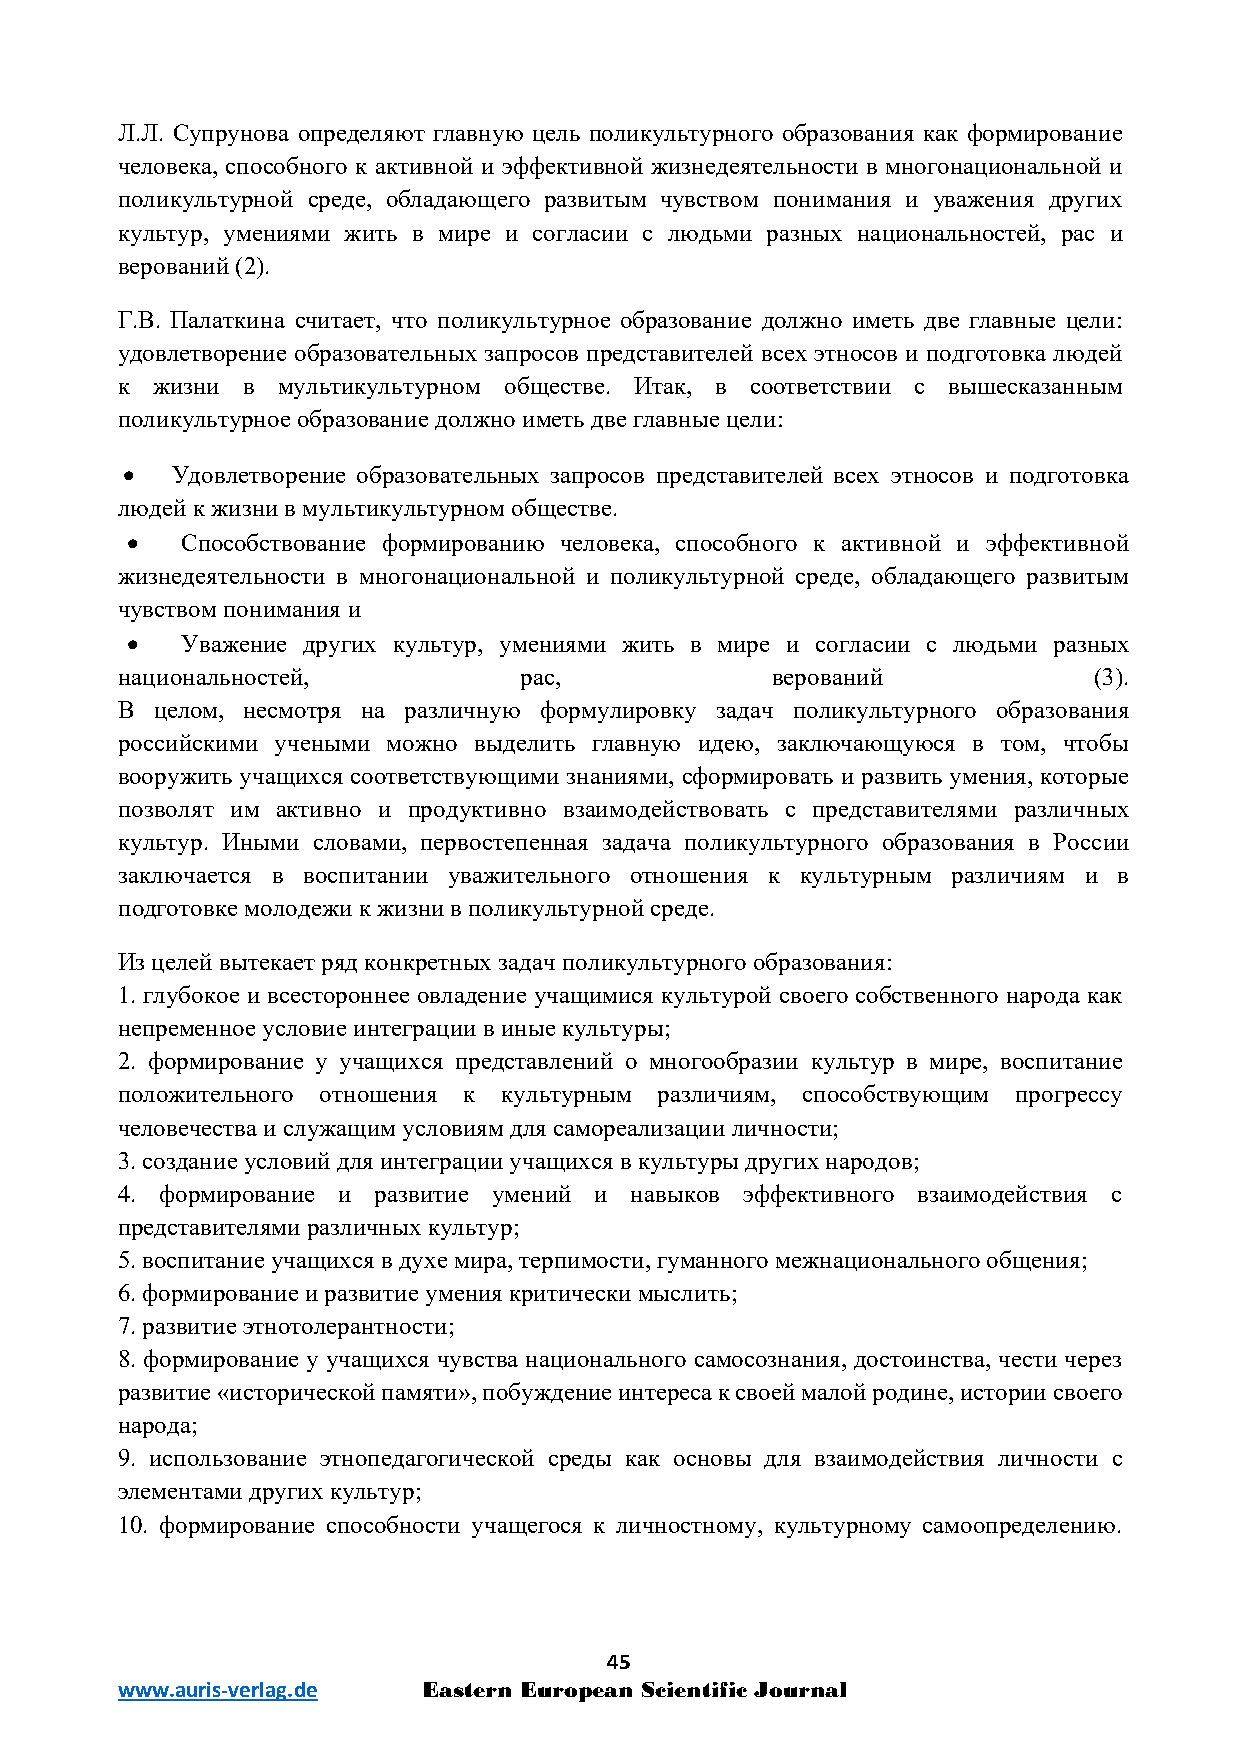
Л.Л. Супрунова определяют главную цель поликультурного образования как формирование
 человека, способного к активной и эффективной жизнедеятельности в многонациональной и
 поликультурной среде, обладающего развитым чувством понимания и уважения других
 культур, умениями жить в мире и согласии с людьми разных национальностей, рас и
 верований (2).
 Г.В. Палаткина считает, что поликультурное образование должно иметь две главные цели:
 удовлетворение образовательных запросов представителей всех этносов и подготовка людей
 к жизни в мультикультурном обществе. Итак, в соответствии с вышесказанным
 поликультурное образование должно иметь две главные цели:
 •  Удовлетворение образовательных запросов представителей всех этносов и подготовка
 людей к жизни в мультикультурном обществе.
 •   Способствование формированию человека, способного к активной и эффективной
 жизнедеятельности в многонациональной и поликультурной среде, обладающего развитым
 чувством понимания и
 •   Уважение других культур, умениями жить в мире и согласии с людьми разных
 национальностей,          рас,             верований            (3).
 В целом, несмотря на различную формулировку задач поликультурного образования
 российскими учеными можно выделить главную идею, заключающуюся в том, чтобы
 вооружить учащихся соответствующими знаниями, сформировать и развить умения, которые
 позволят им активно и продуктивно взаимодействовать с представителями различных
 культур. Иными словами, первостепенная задача поликультурного образования в России
 заключается в воспитании уважительного отношения к культурным различиям и в
 подготовке молодежи к жизни в поликультурной среде.
 Из целей вытекает ряд конкретных задач поликультурного образования:
 1. глубокое и всестороннее овладение учащимися культурой своего собственного народа как
 непременное условие интеграции в иные культуры;
 2. формирование у учащихся представлений о многообразии культур в мире, воспитание
 положительного отношения к культурным различиям, способствующим прогрессу
 человечества и служащим условиям для самореализации личности;
 3.создание условий для интеграции учащихся в культуры других народов;
 4. формирование и развитие умений и навыков эффективного взаимодействия с
 представителями различных культур;
 5.воспитание учащихся в духе мира, терпимости, гуманного межнационального общения;
 6.формирование и развитие умения критически мыслить;
 7.развитие этнотолерантности;
 8. формирование у учащихся чувства национального самосознания, достоинства, чести через
 развитие «исторической памяти», побуждение интереса к своей малой родине, истории своего
 народа;
 9. использование этнопедагогической среды как основы для взаимодействия личности с
 элементами других культур;
 10. формирование способности учащегося к личностному, культурному самоопределению.
 45
 www.auris-verlag.de Eastern European Scientific Journal